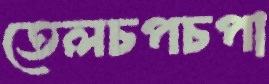
তেলচপচপা